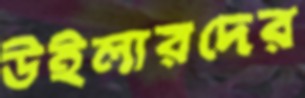
উইলারদের